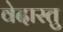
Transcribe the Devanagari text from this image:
वेदास्तु